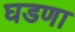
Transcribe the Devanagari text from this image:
घडणा